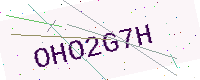
Text: OHO2G7H